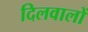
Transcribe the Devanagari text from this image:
दिलवालों